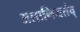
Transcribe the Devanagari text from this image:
अलानियतंव्